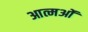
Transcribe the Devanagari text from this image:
आत्मओं